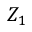
Z _ { 1 }